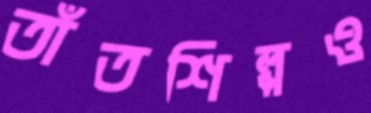
তাঁতশিল্পও